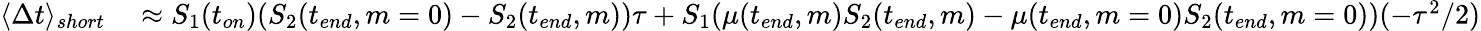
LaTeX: \begin{array}{rl}{\langle\Delta t\rangle_{short}}&{{}\approx S_{1}(t_{on})(S_{2}(t_{end},m=0)-S_{2}(t_{end},m))\tau+S_{1}(\mu(t_{end},m)S_{2}(t_{end},m)-\mu(t_{end},m=0)S_{2}(t_{end},m=0))(-\tau^{2}/2)}\end{array}